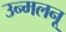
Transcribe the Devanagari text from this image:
उन्मलनू